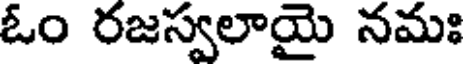
ఓం రజస్వలాయై నమః